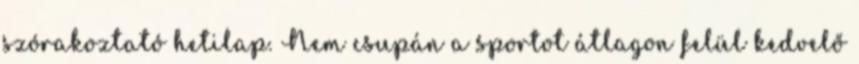
szórakoztató hetilap. Nem csupán a sportot átlagon felül kedvelő